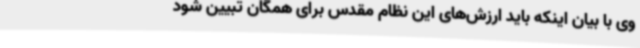
وی با بیان اینکه باید ارزش‌های این نظام مقدس برای همگان تبیین شود